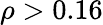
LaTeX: \rho>0.16